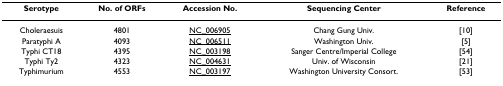
| Serotype | No. of ORFs | Accession No. | Sequencing Center | Reference |
 | --- | --- | --- | --- | --- |
 | Choleraesuis | 4801 | NC_006905 | Chang Gung Univ. | [10] |
 | Paratyphi A | 4093 | NC_006511 | Washington Univ. | [5] |
 | Typhi CT18 | 4395 | NC_003198 | Sanger Centre/Imperial College | [54] |
 | Typhi Ty2 | 4323 | NC_004631 | Univ. of Wisconsin | [21] |
 | Typhimurium | 4553 | NC_003197 | Washington University Consort. | [53] |